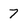
Character: 7